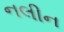
નલીન